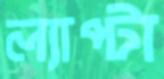
ল্যাপ্টা